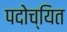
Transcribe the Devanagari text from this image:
पदोच्यित